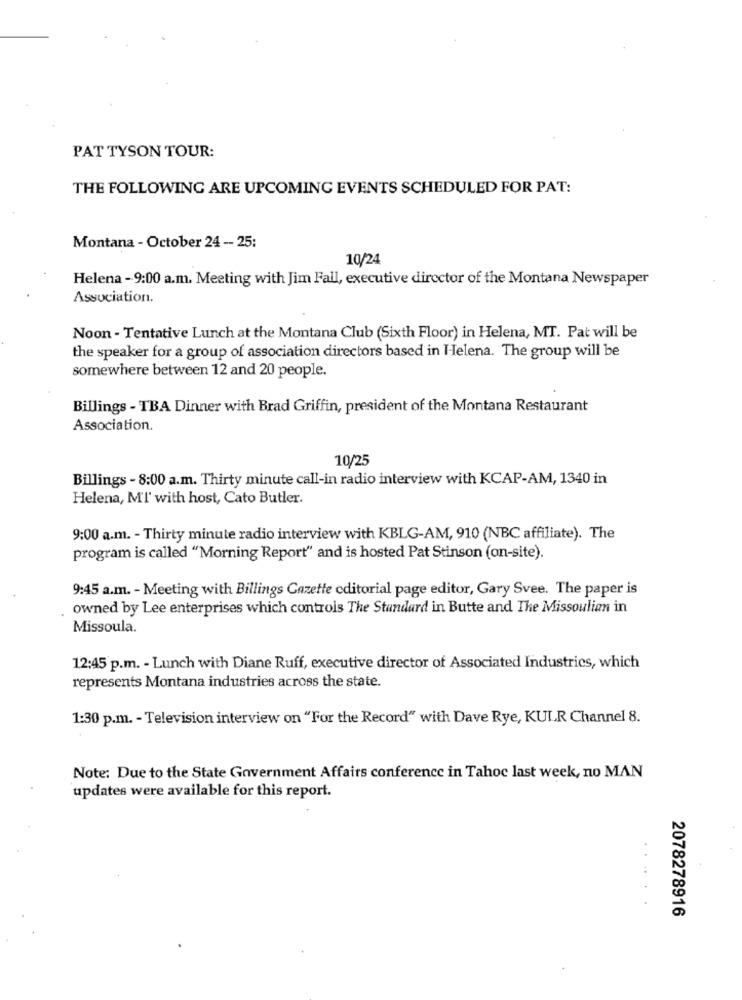
PAT TYSON TOUR:
THE FOLLOWING ARE UPCOMING EVENTS SCHEDULED FOR PAT:
Montana - October 24 -- 25:
10/24
Helena - 9:00 a.m. Meeting with Jim Fall, executive director of the Montana Newspaper
Association.
Noon - Tentative Lunch at the Montana Club (Sixth Floor) in Helena, MT. Pat will be
the speaker for a group of association directors based in Helena. The group will be
somewhere between 12 and 20 people.
Billings - TBA Dinner with Brad Griffin, president of the Montana Restaurant
Association.
10/25
Billings - 8:00 a.m. Thirty minute call-in radio interview with KCAP-AM, 1340 in
Helena, M'l' with host, Cato Butler.
9:00 a.m. - Thirty minute radio interview with KBLG-AM, 910 (NBC affiliate). The
program is called "Morning Report" and is hosted Pat Stinson (on-site).
9:45 a.m. - Meeting with Billings Cazette editorial page editor, Gary Svee. The paper is
owned by Lee enterprises which controls The Standard in Butte and The Missoulien in
Missoula.
12:45 p.m. - Lunch with Diane Ruff, executive director of Associated Industries, which
represents Montana industries across the state.
1:30 p.m. - Television interview on "For the Record" with Dave Rye, KULR Channel 8.
Note: Due to the State Government Affairs conference in Tahoc last week, no MAN
updates were available for this report.
2078278916